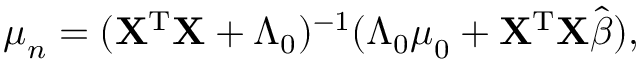
{ \boldsymbol { \mu } } _ { n } = ( \mathbf { X } ^ { \mathrm { { T } } } \mathbf { X } + { \boldsymbol { \Lambda } } _ { 0 } ) ^ { - 1 } ( { \boldsymbol { \Lambda } } _ { 0 } { \boldsymbol { \mu } } _ { 0 } + \mathbf { X } ^ { \mathrm { { T } } } \mathbf { X } { \hat { \boldsymbol { \beta } } } ) ,